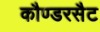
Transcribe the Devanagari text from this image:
कौण्डरसैट